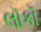
લૉકૉ